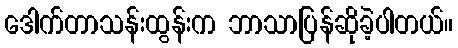
ဒေါက်တာသန်းထွန်းက ဘာသာပြန်ဆိုခဲ့ပါတယ်။